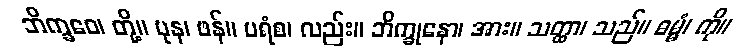
ဘိက္ခဝေ၊ တို့။ ပုန၊ ဖန်။ ပရံစ၊ လည်း။ ဘိက္ခုနော၊ အား။ သတ္ထာ၊ သည်။ ဓမ္မံ၊ ကို။